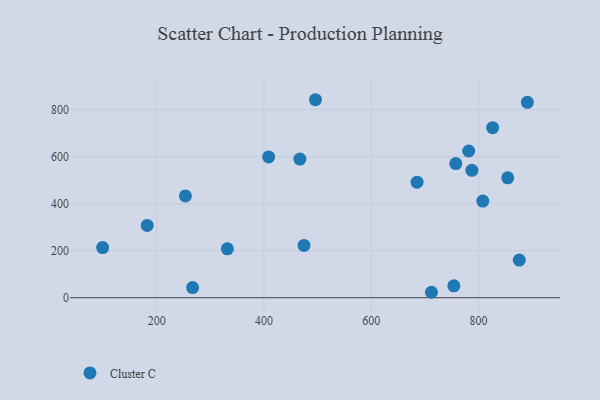
{"axis": {"x": "Ad Spend", "y": "Salary"}, "legend": ["Cluster C"], "data": [{"x": "253.6", "y": 433.1, "type": "Cluster C"}, {"x": "496.0", "y": 842.1, "type": "Cluster C"}, {"x": "854.3", "y": 509.8, "type": "Cluster C"}, {"x": "182.4", "y": 307.4, "type": "Cluster C"}, {"x": "807.8", "y": 411.0, "type": "Cluster C"}, {"x": "466.9", "y": 589.6, "type": "Cluster C"}, {"x": "826.2", "y": 723.2, "type": "Cluster C"}, {"x": "890.9", "y": 831.1, "type": "Cluster C"}, {"x": "99.3", "y": 213.4, "type": "Cluster C"}, {"x": "408.7", "y": 598.7, "type": "Cluster C"}, {"x": "331.8", "y": 208.0, "type": "Cluster C"}, {"x": "875.8", "y": 160.0, "type": "Cluster C"}, {"x": "781.5", "y": 624.0, "type": "Cluster C"}, {"x": "753.9", "y": 50.4, "type": "Cluster C"}, {"x": "757.5", "y": 570.4, "type": "Cluster C"}, {"x": "685.3", "y": 491.5, "type": "Cluster C"}, {"x": "267.0", "y": 42.9, "type": "Cluster C"}, {"x": "712.1", "y": 23.1, "type": "Cluster C"}, {"x": "474.6", "y": 222.3, "type": "Cluster C"}, {"x": "787.4", "y": 541.7, "type": "Cluster C"}]}